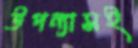
উপন্যাসই